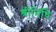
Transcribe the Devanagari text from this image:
श्रीनिधि